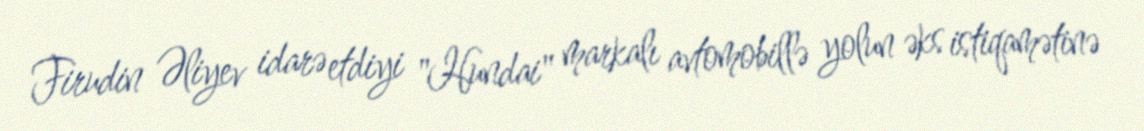
Firudin Əliyev idarə etdiyi "Hundai" markalı avtomobillə yolun əks istiqamətinə